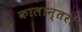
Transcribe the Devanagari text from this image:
कालान्तरों